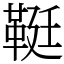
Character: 䩠